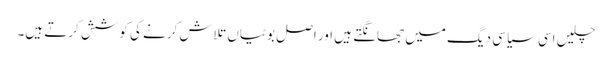
چلیں اسی سیاسی دیگ میں جھانگتے ہیں اور اصل بوٹیاں تلاش کرنے کی کوشش کرتے ہیں۔